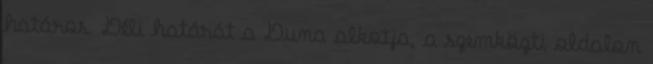
határos. Déli határát a Duna alkotja, a szemközti oldalon